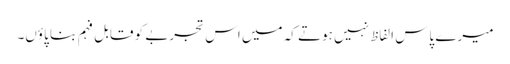
میرے پاس الفاظ نہیں ہوتے کہ میں اس تجربے کو قابل فہم بنا پاؤں۔